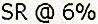
SR @ 6%